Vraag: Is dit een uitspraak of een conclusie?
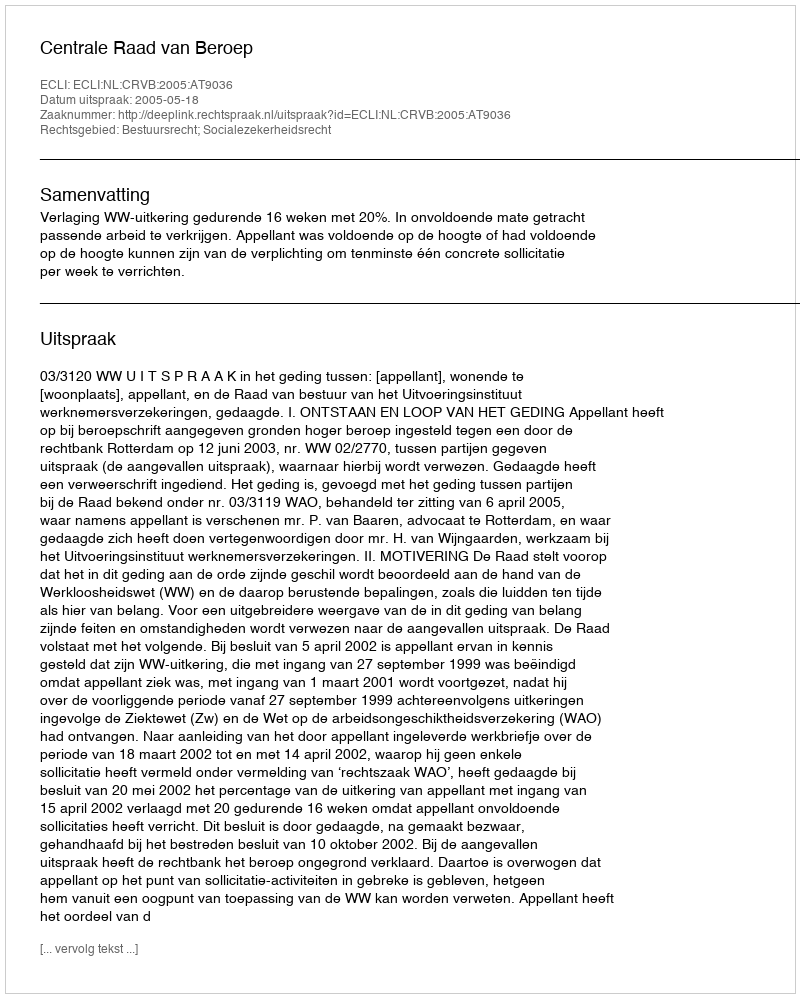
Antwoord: Uitspraak